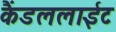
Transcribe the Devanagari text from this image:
कैंडललाईट